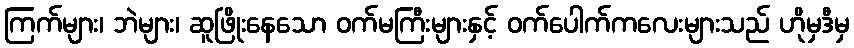
ကြက်များ၊ ဘဲများ၊ ဆူဖြိုးနေသော ဝက်မကြီးများနှင့် ဝက်ပေါက်ကလေးများသည် ဟိုမှဒီမှ